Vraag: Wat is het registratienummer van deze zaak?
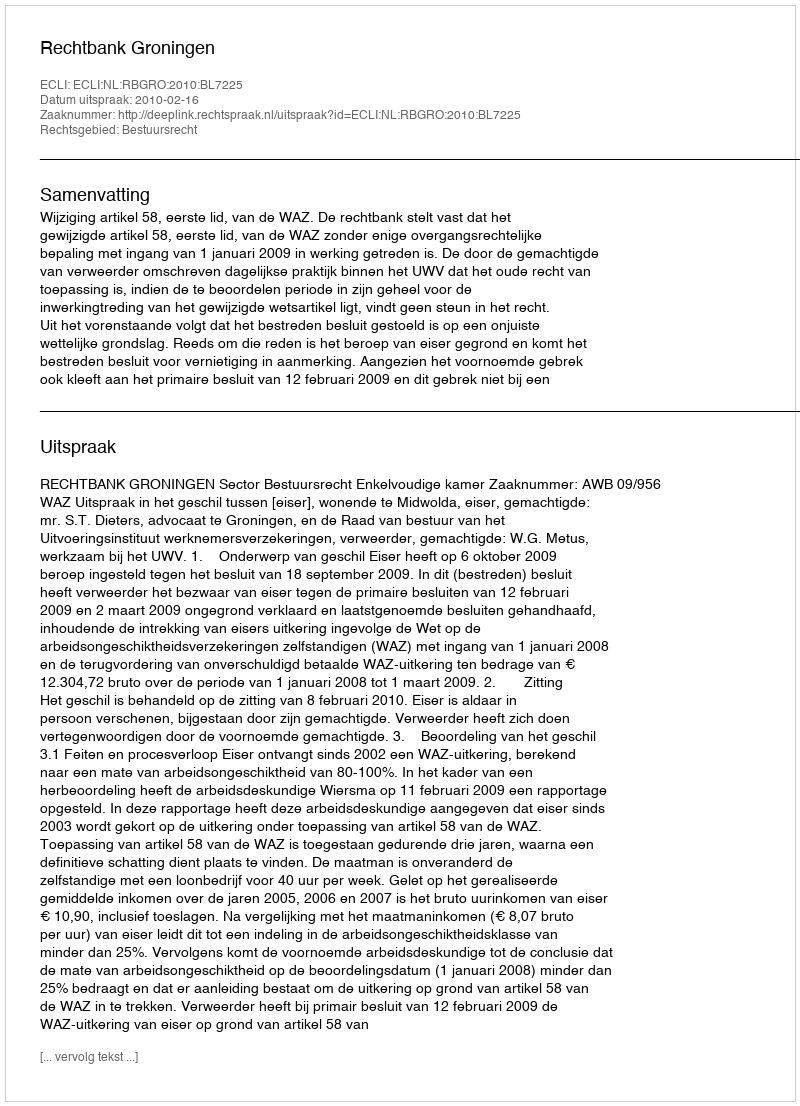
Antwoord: http://deeplink.rechtspraak.nl/uitspraak?id=ECLI:NL:RBGRO:2010:BL7225